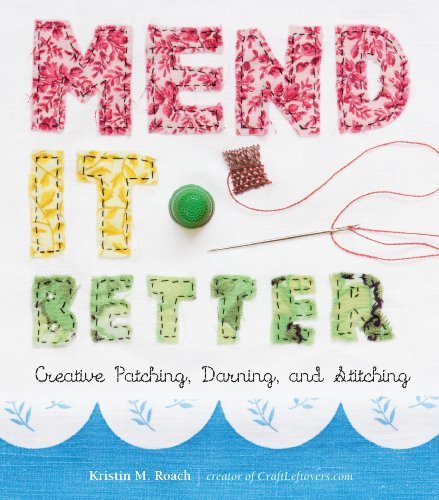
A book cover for Mend It Better: Creative Patching, Darning, and Stitching; Kristin M. Roach; Crafts, Hobbies & Home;